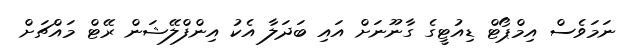
ނަމަވެސް އިމްޕޯޓް ޑިއުޓީގެ ގާނޫނަށް އައި ބަދަލާ އެކު އިންފްލޭޝަން ރޭޓް މައްޗަށް